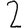
Digit: 2